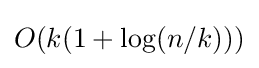
O(k(1+\log(n/k)))